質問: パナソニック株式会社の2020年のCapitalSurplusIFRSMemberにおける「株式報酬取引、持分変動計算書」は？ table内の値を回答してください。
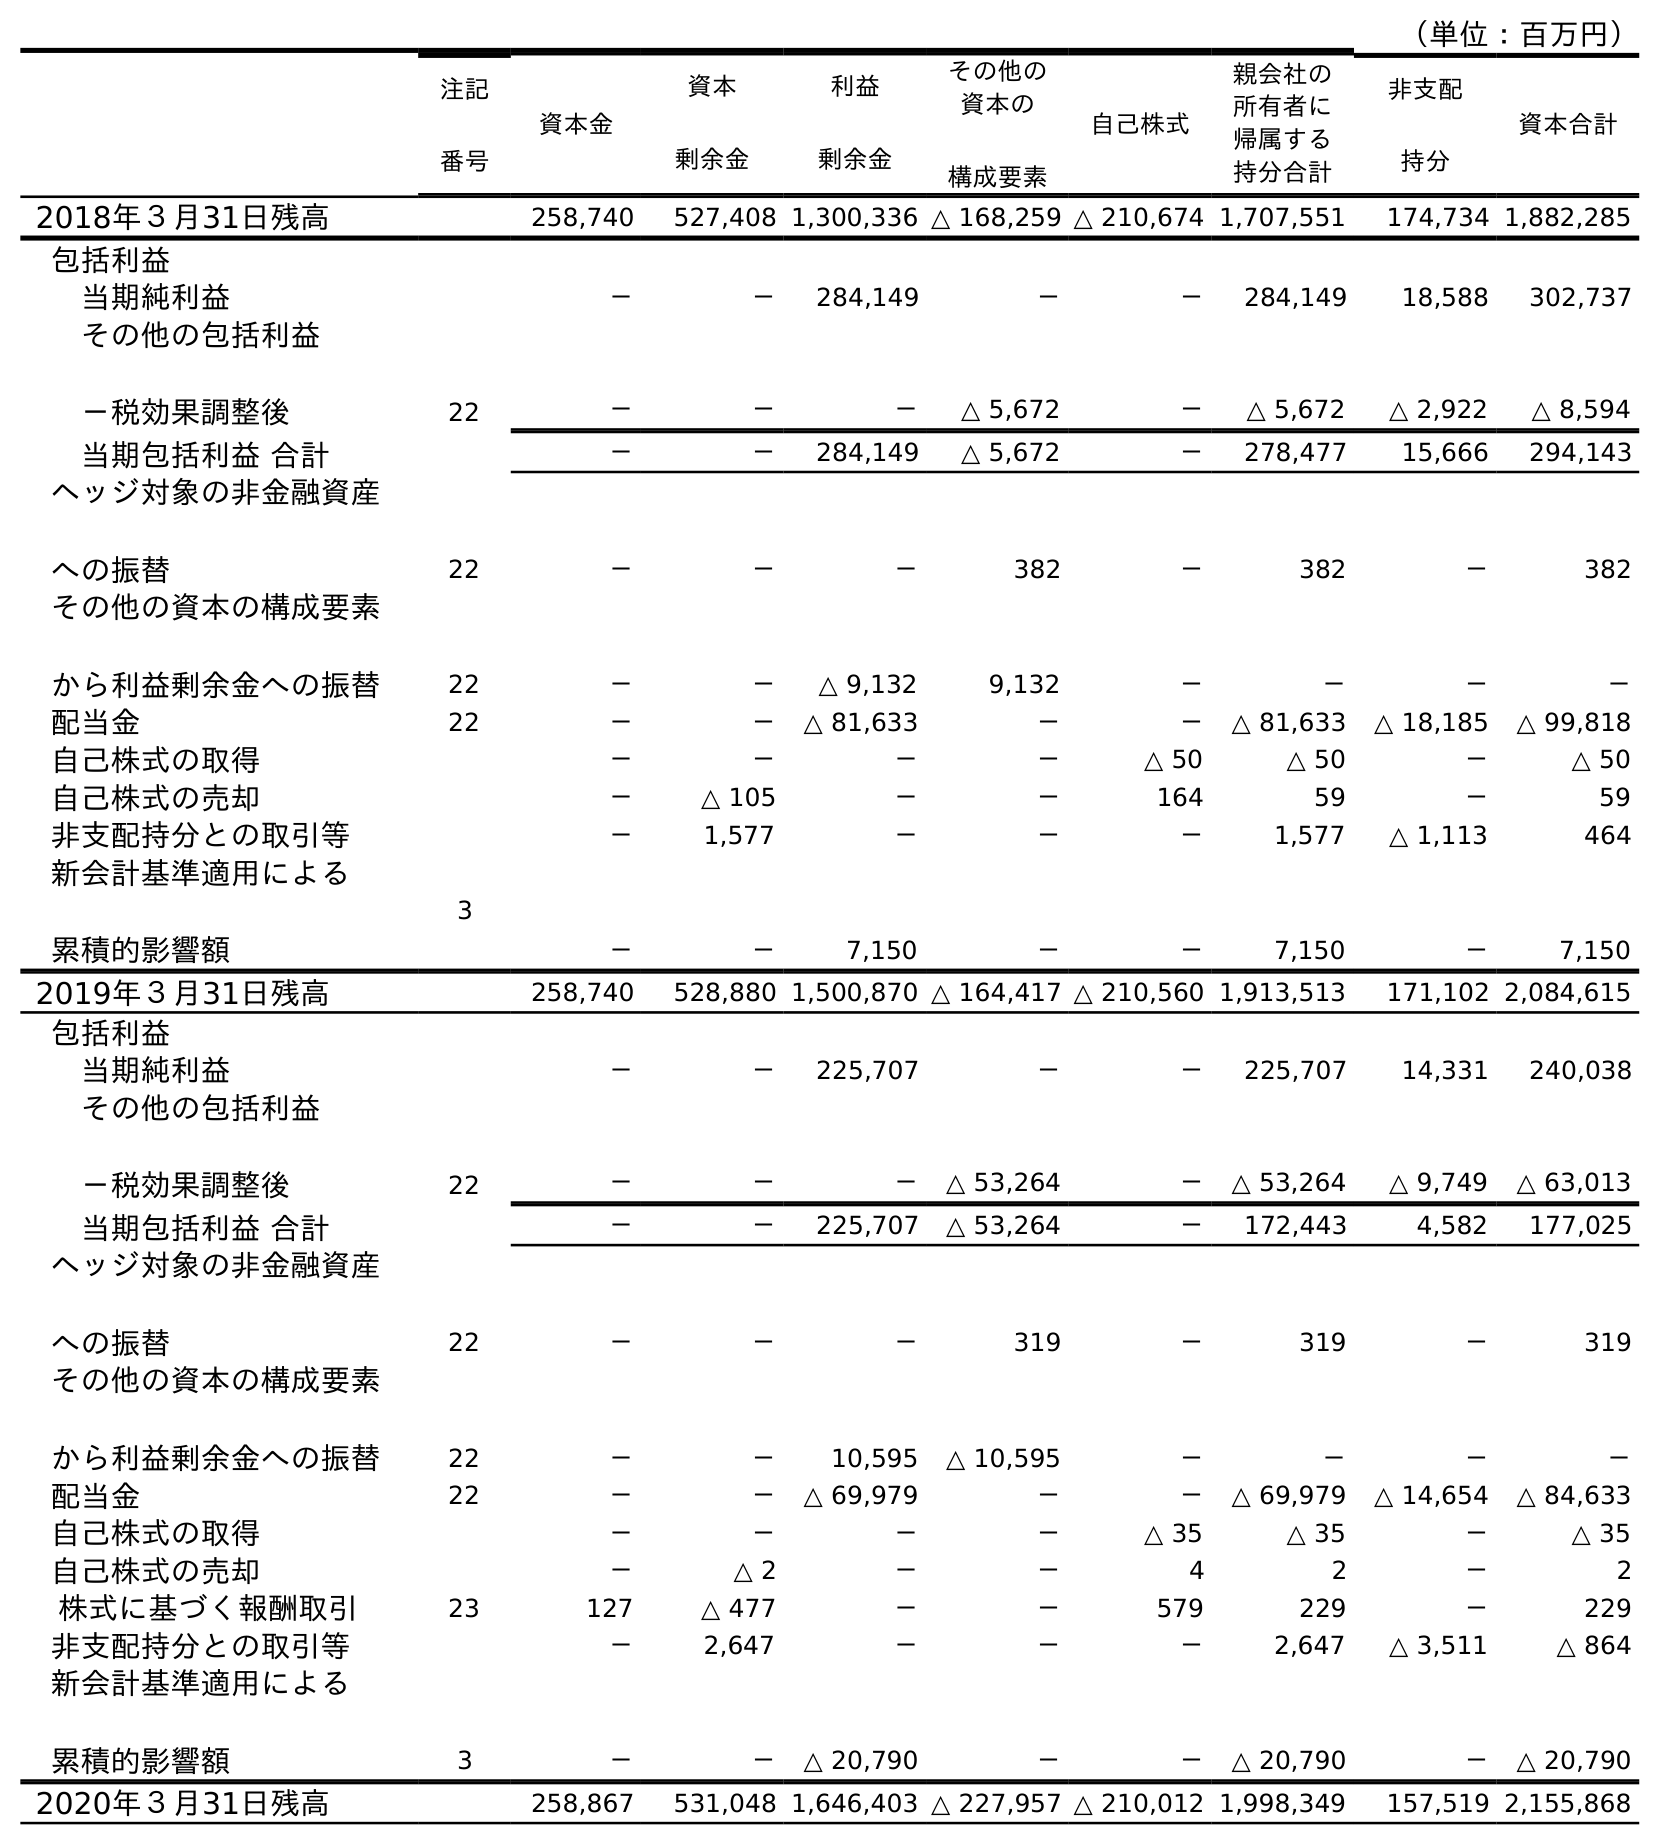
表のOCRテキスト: （単位：百万円） 注記 番号 資本金 資本 剰余金 利益 剰余金 その他の 資本の 構成要素 自己株式 親会社の 所有者に 帰属する 持分合計 非支配 持分 資本合計 2018年３月31日残高 258,740 527,408 1,300,336 △ 168,259 △ 210,674 1,707,551 174,734 1,882,285 包括利益 当期純利益 － － 284,149 － － 284,149 18,588 302,737 その他の包括利益 －税効果調整後 22 － － － △ 5,672 － △ 5,672 △ 2,922 △ 8,594 当期包括利益 合計 － － 284,149 △ 5,672 － 278,477 15,666 294,143 ヘッジ対象の非金融資産 への振替 22 － － － 382 － 382 － 382 その他の資本の構成要素 から利益剰余金への振替 22 － － △ 9,132 9,132 － － － － 配当金 22 － － △ 81,633 － － △ 81,633 △ 18,185 △ 99,818 自己株式の取得 － － － － △ 50 △ 50 － △ 50 自己株式の売却 － △ 105 － － 164 59 － 59 非支配持分との取引等 － 1,577 － － － 1,577 △ 1,113 464 新会計基準適用による 累積的影響額 3 － － 7,150 － － 7,150 － 7,150 2019年３月31日残高 258,740 528,880 1,500,870 △ 164,417 △ 210,560 1,913,513 171,102 2,084,615 包括利益 当期純利益 － － 225,707 － － 225,707 14,331 240,038 その他の包括利益 －税効果調整後 22 － － － △ 53,264 － △ 53,264 △ 9,749 △ 63,013 当期包括利益 合計 － － 225,707 △ 53,264 － 172,443 4,582 177,025 ヘッジ対象の非金融資産 への振替 22 － － － 319 － 319 － 319 その他の資本の構成要素 から利益剰余金への振替 22 － － 10,595 △ 10,595 － － － － 配当金 22 － － △ 69,979 － － △ 69,979 △ 14,654 △ 84,633 自己株式の取得 － － － － △ 35 △ 35 － △ 35 自己株式の売却 － △ 2 － － 4 2 － 2 株式に基づく報酬取引 23 127 △ 477 － － 579 229 － 229 非支配持分との取引等 － 2,647 － － － 2,647 △ 3,511 △ 864 新会計基準適用による 累積的影響額 3 － － △ 20,790 － － △ 20,790 － △ 20,790 2020年３月31日残高 258,867 531,048 1,646,403 △ 227,957 △ 210,012 1,998,349 157,519 2,155,868
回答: △477